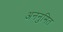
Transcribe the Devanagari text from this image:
अननुमित